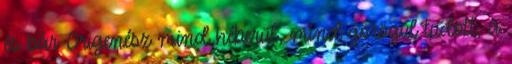
és bár Origenész mind héberül, mind görögül tudott, a